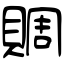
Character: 賙